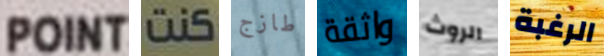
POINT كنت طازج واثقة الروث الرغبة